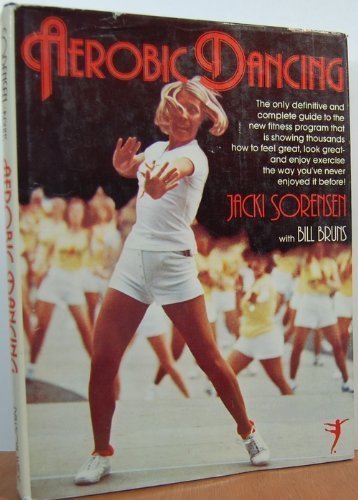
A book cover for Aerobic Dancing; Jacki Sorensen; Health, Fitness & Dieting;